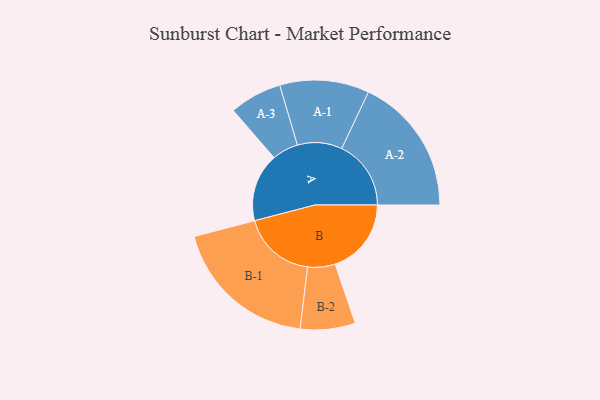
{"axis": {"x": "Segment", "y": "Value"}, "legend": ["", "A", "B"], "data": [{"x": "A", "y": 266, "type": ""}, {"x": "B", "y": 297, "type": ""}, {"x": "A-1", "y": 174, "type": "A"}, {"x": "A-2", "y": 270, "type": "A"}, {"x": "A-3", "y": 102, "type": "A"}, {"x": "B-1", "y": 286, "type": "B"}, {"x": "B-2", "y": 107, "type": "B"}]}